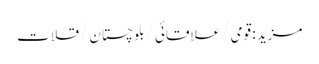
مزید : قومی /علاقائی /بلوچستان /قلات